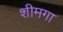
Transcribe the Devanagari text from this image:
शीमगा